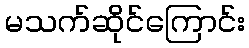
မသက်ဆိုင်ကြောင်း